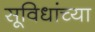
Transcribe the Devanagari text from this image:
सूविधांच्या